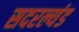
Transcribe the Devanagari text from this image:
सदरल्यंड